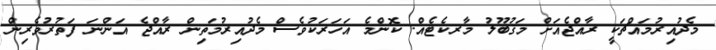
މެދުއިރުމައްޗަކީ ރާއްޖެއަށް މަޤުބޫލު މާރކެޓެއް. ކޮންމެ އަހަރަކުވެސް މެދުއިރުމަތިން ރާއްޖެ އަންނަ ފަތުރުވެރިން